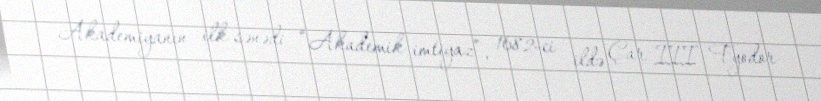
Akademiyanın ilk sənədi “Akademik imtiyaz”, 1682-ci ildə Çar III Fyodor